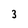
Character: 3